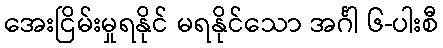
အေးငြိမ်းမှုရနိုင် မရနိုင်သော အင်္ဂါ ၆-ပါးစီ